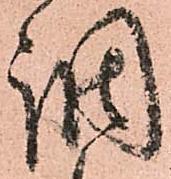
調